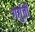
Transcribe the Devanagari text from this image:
गर्गुती